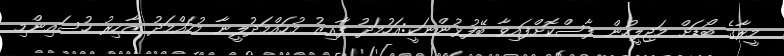
މީރާގެ ބޯޑަށް މަޖިލީހުން ފާސްކޮށްފައިވާ ބޭފުޅުންނަކީ:އަހުމަދު ފާއިޒު މުހައްމަދުލީނާ މުހައްމަދު ޒާހިރު ހުސައިންމި